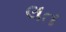
લત